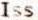
ISS